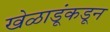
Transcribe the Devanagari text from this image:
खेळाडूंकडून